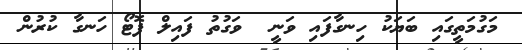
މަގުމަތީގައި ބަޔަކު ހިނގާފައި ވަނީ  ވަގުތު ފައިލް ފޮޓޯ ހަނގާ ކުރުން